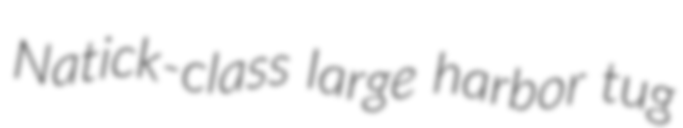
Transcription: Natick-class large harbor tug